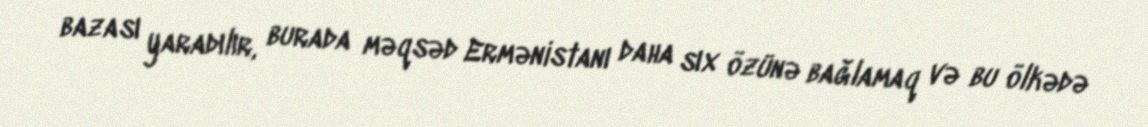
bazası yaradılır, burada məqsəd Ermənistanı daha sıx özünə bağlamaq və bu ölkədə